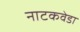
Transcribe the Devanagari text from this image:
नाटकवेडा